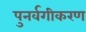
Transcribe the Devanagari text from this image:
पुनर्वगीकरण